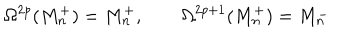
\Omega ^ { 2 p } ( M _ { n } ^ { + } ) = M _ { n } ^ { + } , \qquad \Omega ^ { 2 p + 1 } ( M _ { n } ^ { + } ) = M _ { n } ^ { - }